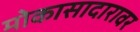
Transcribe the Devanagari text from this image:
मोकासादारावर